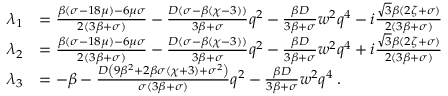
\begin{array} { r l } { \lambda _ { 1 } } & { = \frac { \beta ( \sigma - 1 8 \mu ) - 6 \mu \sigma } { 2 ( 3 \beta + \sigma ) } - \frac { D ( \sigma - \beta ( \chi - 3 ) ) } { 3 \beta + \sigma } q ^ { 2 } - \frac { \beta D } { 3 \beta + \sigma } w ^ { 2 } q ^ { 4 } - i \frac { \sqrt { 3 } \beta ( 2 \zeta + \sigma ) } { 2 ( 3 \beta + \sigma ) } } \\ { \lambda _ { 2 } } & { = \frac { \beta ( \sigma - 1 8 \mu ) - 6 \mu \sigma } { 2 ( 3 \beta + \sigma ) } - \frac { D ( \sigma - \beta ( \chi - 3 ) ) } { 3 \beta + \sigma } q ^ { 2 } - \frac { \beta D } { 3 \beta + \sigma } w ^ { 2 } q ^ { 4 } + i \frac { \sqrt { 3 } \beta ( 2 \zeta + \sigma ) } { 2 ( 3 \beta + \sigma ) } } \\ { \lambda _ { 3 } } & { = - \beta - \frac { D \left( 9 \beta ^ { 2 } + 2 \beta \sigma ( \chi + 3 ) + \sigma ^ { 2 } \right) } { \sigma ( 3 \beta + \sigma ) } q ^ { 2 } - \frac { \beta D } { 3 \beta + \sigma } w ^ { 2 } q ^ { 4 } \; . } \end{array}